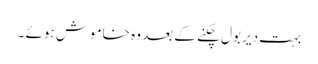
بہت دیر بول چکنے کے بعد وہ خاموش ہوئے ۔